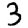
Digit: 3